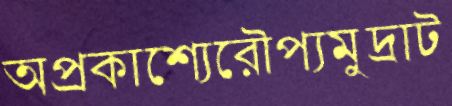
অপ্রকাশ্যেরৌপ্যমুদ্রাট